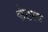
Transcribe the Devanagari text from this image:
कंठस्य